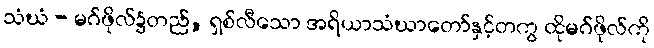
သံဃံ - မဂ်ဖိုလ်၌တည်, ရှစ်လီသော အရိယာသံဃာတော်နှင့်တကွ ထိုမဂ်ဖိုလ်ကို